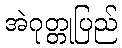
အဲဂုတ္တုပြည်